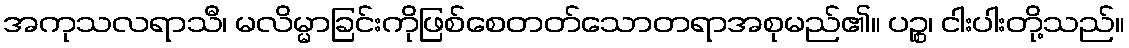
အကုသလရာသီ၊ မလိမ္မာခြင်းကိုဖြစ်စေတတ်သောတရာအစုမည်၏။ ပဉ္စ၊ ငါးပါးတို့သည်။